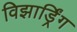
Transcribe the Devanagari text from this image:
विझार्ड्रिंग